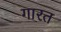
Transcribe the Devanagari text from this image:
गारत